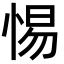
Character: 惕